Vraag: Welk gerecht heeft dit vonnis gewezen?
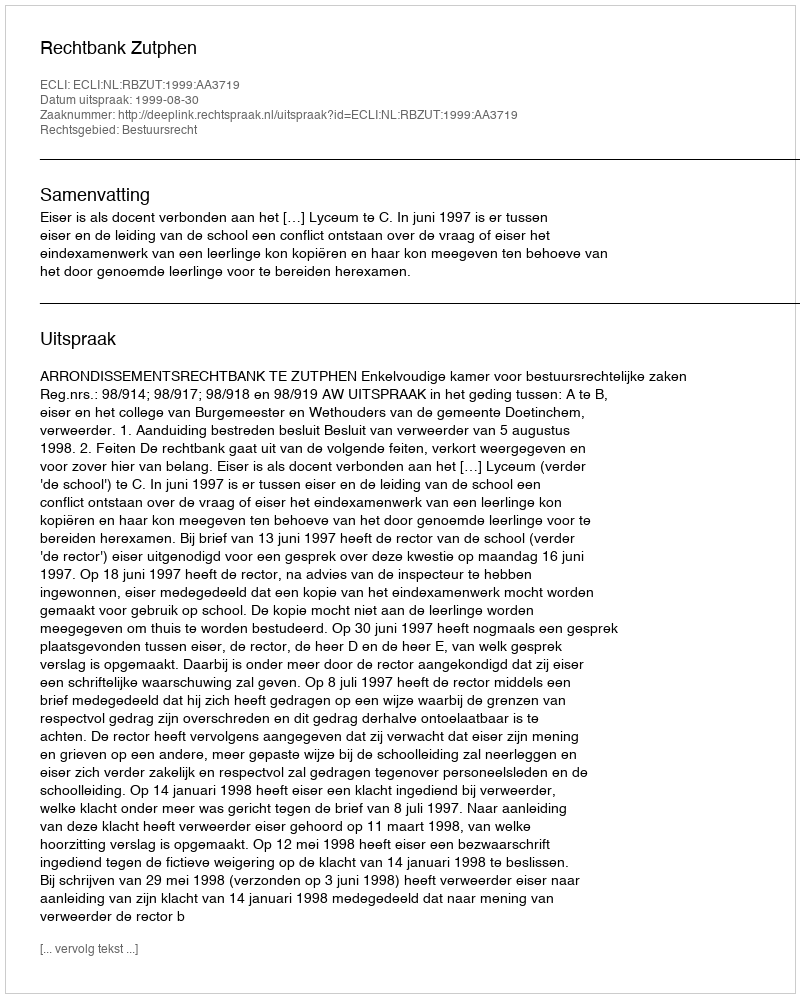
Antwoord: Rechtbank Zutphen